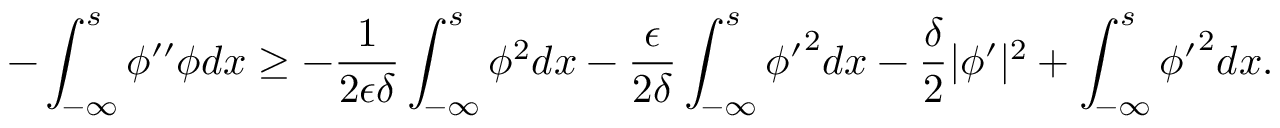
- \int _ { - \infty } ^ { s } \phi ^ { \prime \prime } \phi d x \ge - \frac { 1 } { 2 \epsilon \delta } \int _ { - \infty } ^ { s } \phi ^ { 2 } d x - \frac { \epsilon } { 2 \delta } \int _ { - \infty } ^ { s } { \phi ^ { \prime } } ^ { 2 } d x - \frac { \delta } { 2 } | \phi ^ { \prime } | ^ { 2 } + \int _ { - \infty } ^ { s } { \phi ^ { \prime } } ^ { 2 } d x .